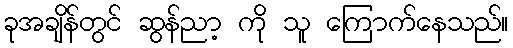
ခုအချိန်တွင် ဆွန်ညာ့ ကို သူ ကြောက်နေသည်။